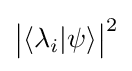
{\big |}\langle \lambda _{i}|\psi \rangle {\big |}^{2}